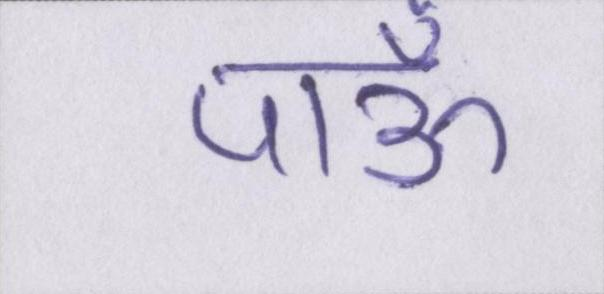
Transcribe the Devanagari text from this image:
पाऊँ